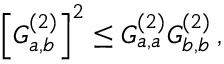
\left[ G _ { a , b } ^ { ( 2 ) } \right] ^ { 2 } \leq G _ { a , a } ^ { ( 2 ) } G _ { b , b } ^ { ( 2 ) } \, ,